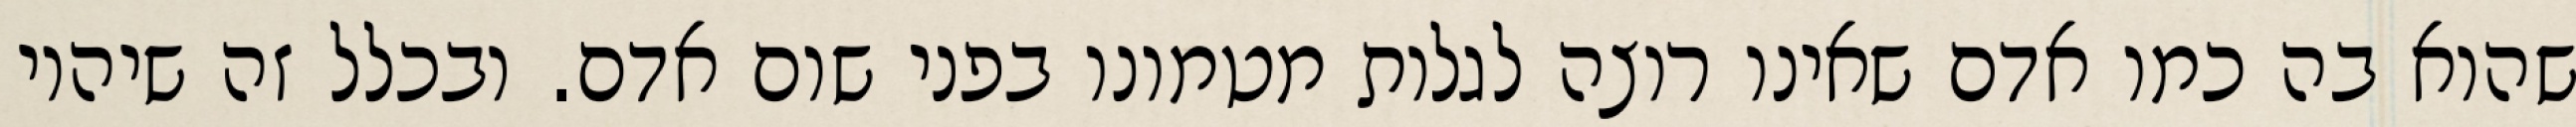
שהוא בה כמו אדם שאינו רוצה לגלות מטמונו בפני שום אדם. ובכלל זה שיהיו